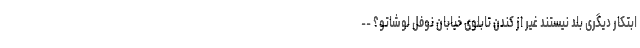
ابتکار دیگری بلد نیستند غیر از کندن تابلوی خیابان نوفل لوشاتو؟ --